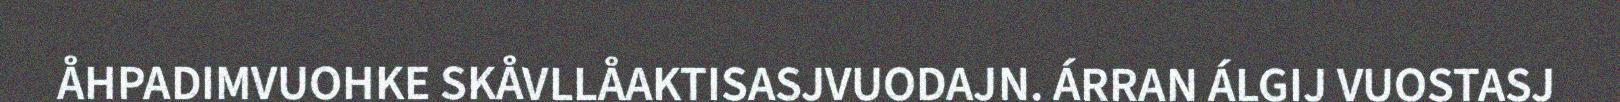
ÅHPADIMVUOHKE SKÅVLLÅAKTISASJVUODAJN. ÁRRAN ÁLGIJ VUOSTASJ